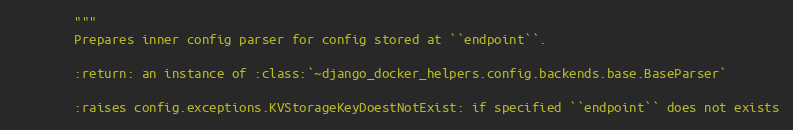
Language: Python
        """
        Prepares inner config parser for config stored at ``endpoint``.

        :return: an instance of :class:`~django_docker_helpers.config.backends.base.BaseParser`

        :raises config.exceptions.KVStorageKeyDoestNotExist: if specified ``endpoint`` does not exists